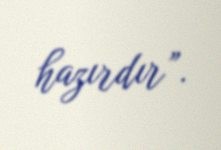
hazırdır”.